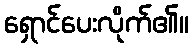
ရှောင်ပေးလိုက်၏။